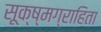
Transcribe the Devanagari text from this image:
सूक्ष्मग्राहिता